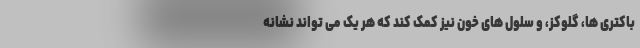
باکتری ها، گلوکز، و سلول های خون نیز کمک کند که هر یک می تواند نشانه